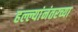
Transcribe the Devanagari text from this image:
हल्ल्यांनंतरच्या